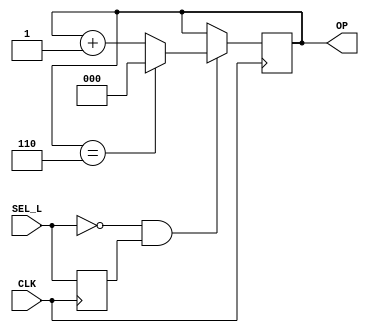
module opsel(CLK, SEL_L, OP);
  input        CLK;
  input        SEL_L;
  
  output [2:0] OP;
  
  reg    [2:0] OP;
  reg          last_sel;
  
  always @(posedge CLK) begin
	if (~SEL_L & last_sel) begin
		if (OP == 3'b110)
			OP = 3'b0;
		else
			OP = OP + 3'd1;
	end
	last_sel = SEL_L;
  end
  
endmodule